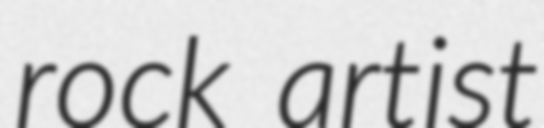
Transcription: rock artist